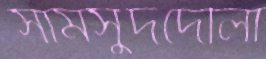
সামসুদদৌলা